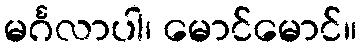
မင်္ဂလာပါ၊ မောင်မောင်။